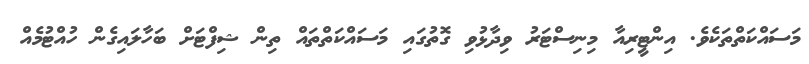
މަސައްކަތްތަކެވެ. އިންޓީރިއާ މިނިސްޓަރު ވިދާޅުވި ގޮތުގައި މަސައްކަތްތައް ތިން ޝިފްޓަށް ބަހާލައިގެން ހުއްޓުމެއް